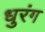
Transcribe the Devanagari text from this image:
धुरंग